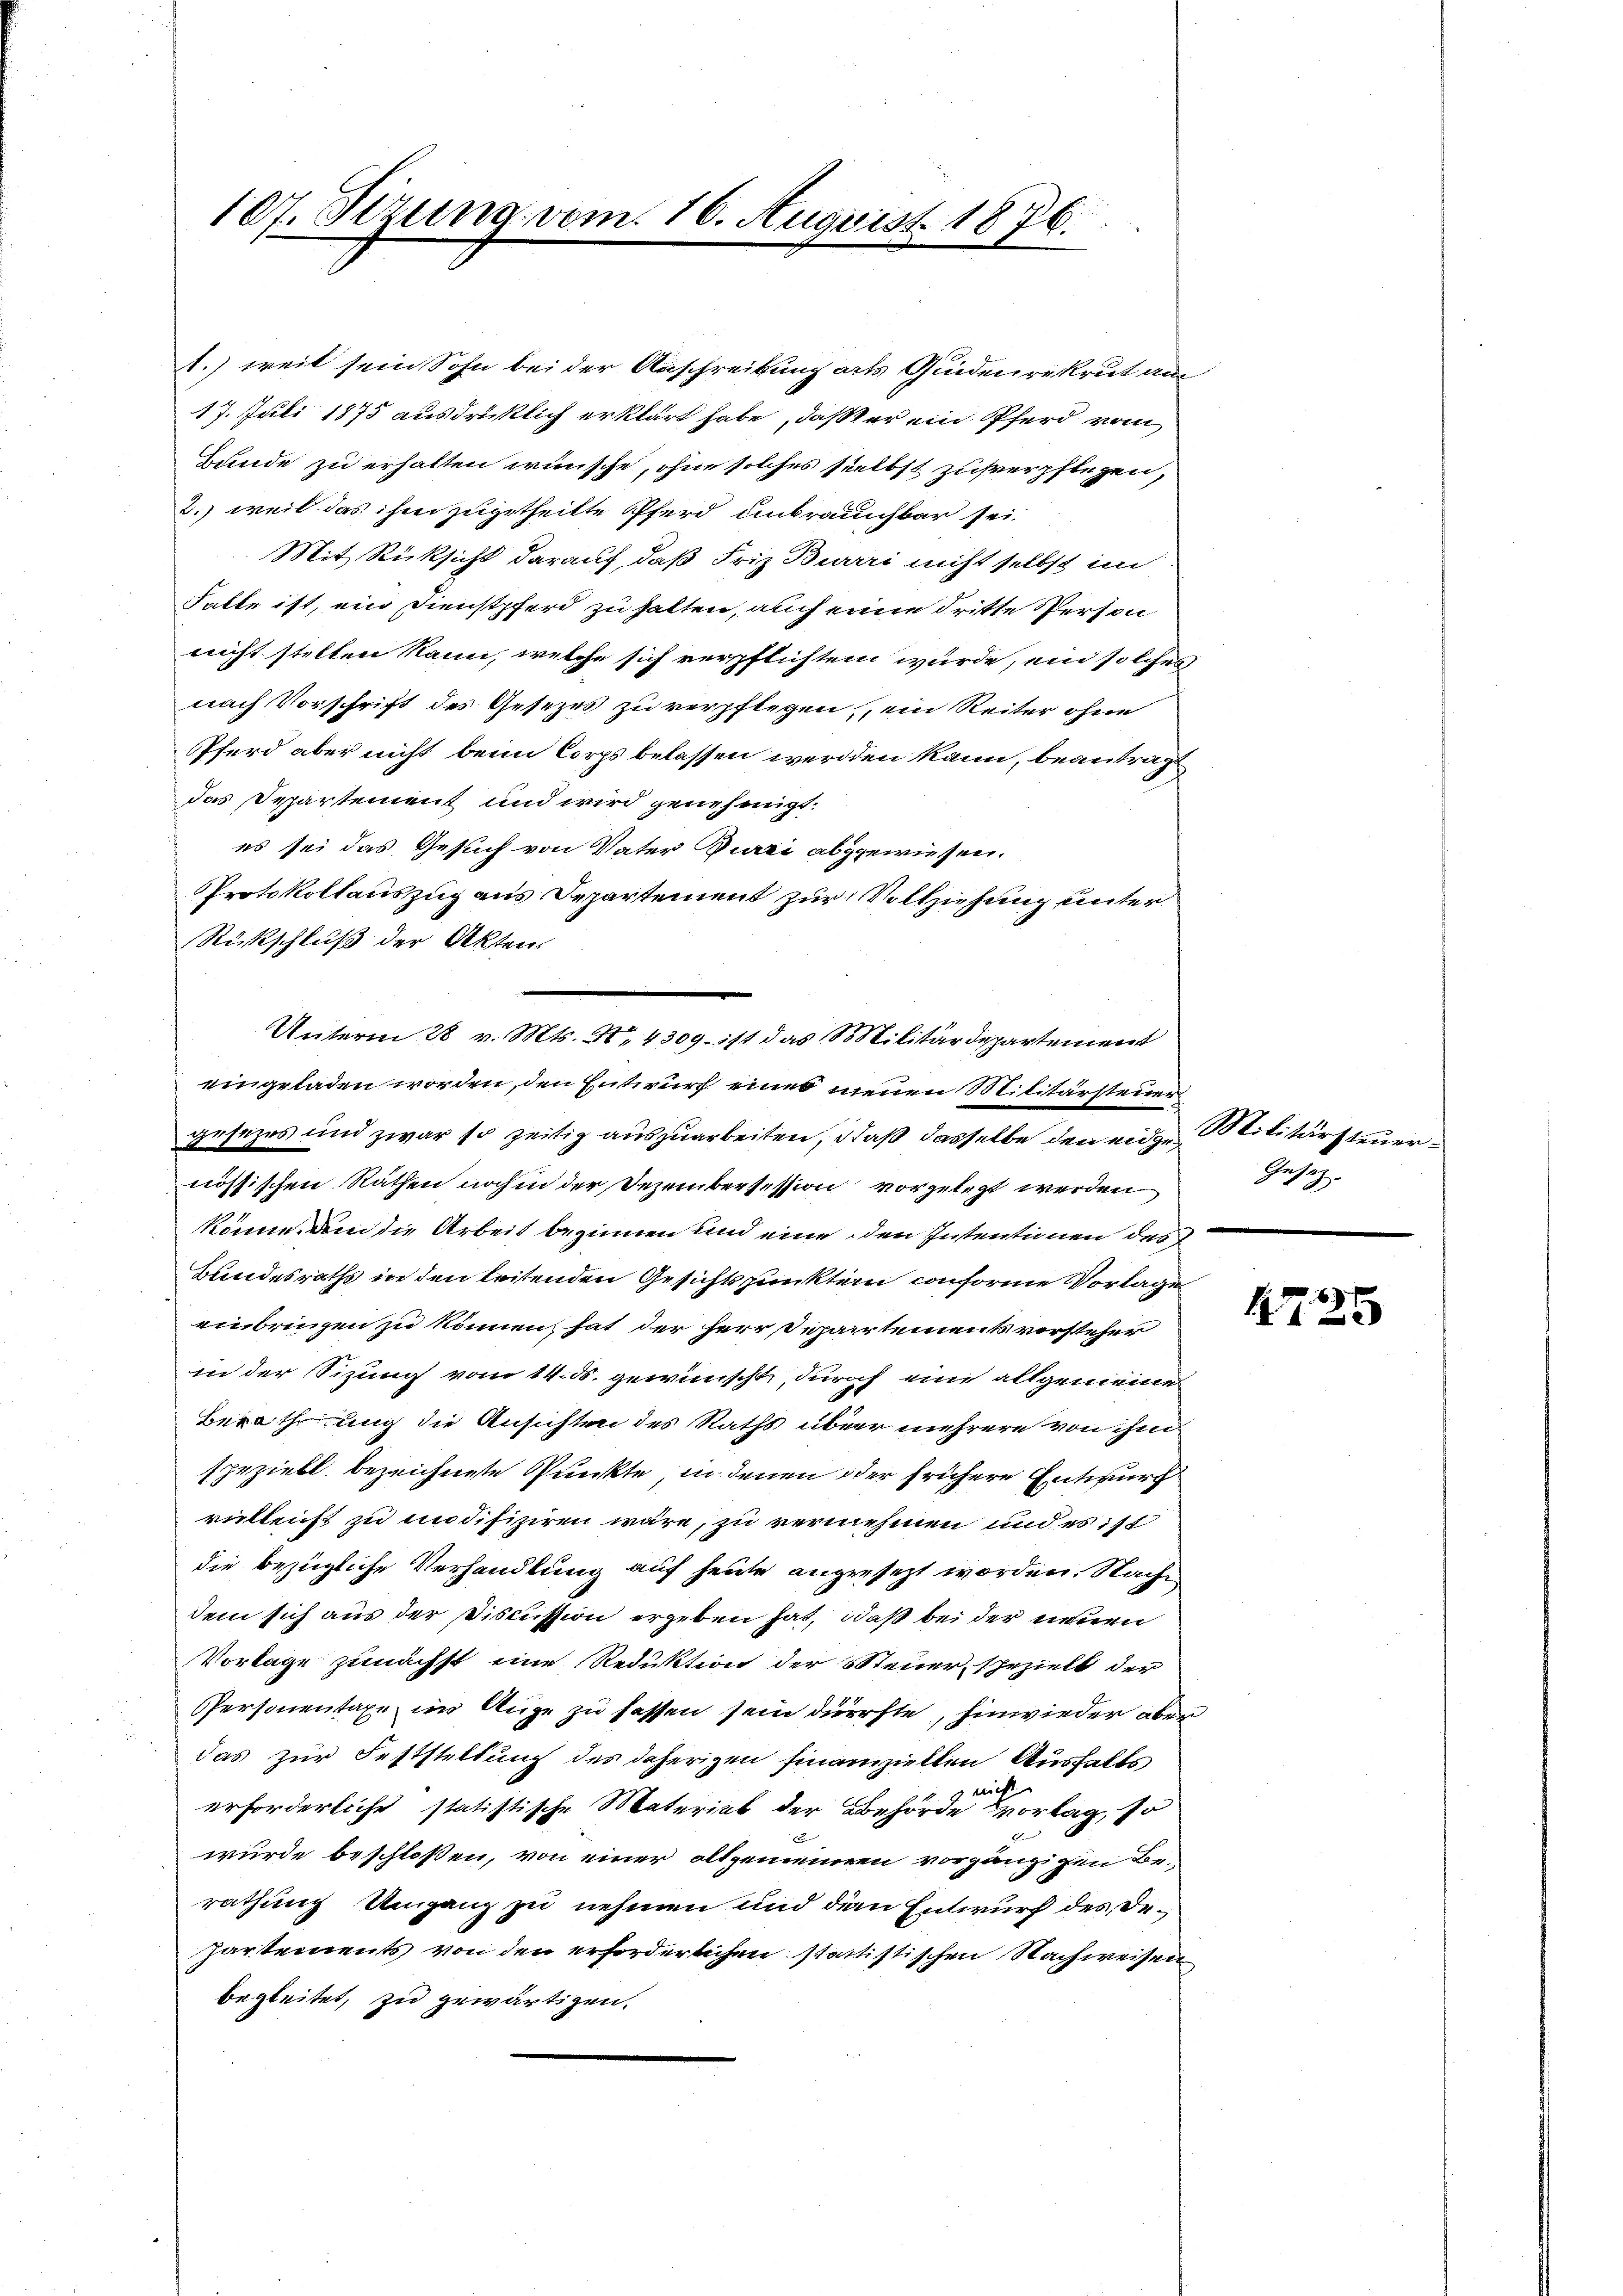
107. Sizung vom 16. August 1876.

1.) weit sein Sohn bei der Anschreibung als Quidenrekrut am
17. Juli 1875 ausdrüklich erklärt habe, daß er ein Pferd vom
Bunde zu erhalten wünsche, ohne solches selbst zuverpflegen,
2.) weil das ihm zugetheilte Pferd unbrauchbar sei.
Mit Rücksicht darauf, daß Friz Buriri nicht selbst im
Falle ist, ein Dienstpferd zu halten, auch eine dritte Person
nicht stellen kann, welche sich verpflichtem wurde, ein solches
nach Vorschrift des Gesezes zu verpflegen, ein Reiter ohne
Pferd aber nicht beim Corps belassen werden kann, beantragt
das Departement und wird genehmigt.
es sei das Gesuch von Vater Purii abgewiesen.
Protokollauszug aus Departement zur Vollziehung unter
Rückschluß der Akten.
Unterm 28 v. Mts. No 4309. ist das Militärdepartement
eingeladen worden, den Entwurf eines neuen Militärsteuer
gesezes und zwar so zeitig auszuarbeiten, daß dasselbe den eidge Militärsteuernössischen Räthen noch in der Dezembersession vorgelegt werden
könne, um die Arbeit beginnen und eine den Intentionen des
Bundesraths in den leitenden Gesichtspunktern conforme Vorlage
einbringen zu können, hat der Herr Departements vorsteher
in der Sizung vom 14. ds. gewünscht, durch eine allgemeine
Berathung die Ansichten des Raths über mehrere von ihm
speziell bezeichnete Punkte, in denen oder frühere Entwurf
velleicht zu modifiziren wäre, zu vernehmen und es ist
die bezügliche Verhandlung auf heute angesezt worden. Nach
dem sich aus der Discussion ergeben hat, daß bei der neuen
Vorlage zunächst eine Reduktion der Steuer spezielt der
PPersonentaxe im Auge zu sassen sein dürfte, hinwieder aber
das zur Feststellung des daherigen finanzziellen Ausfalls
erforderliche statistische Material der Behörde Vorlag, so
wurde beschloßen, von einer altgemeinen vorgängigen Berathung Umganz zu nehmen und den Entwurf des De¬
Partements von den erforderlichen stattistischen Nachweisen
begleitet, zu gewärtigen.

Gesetz

1725